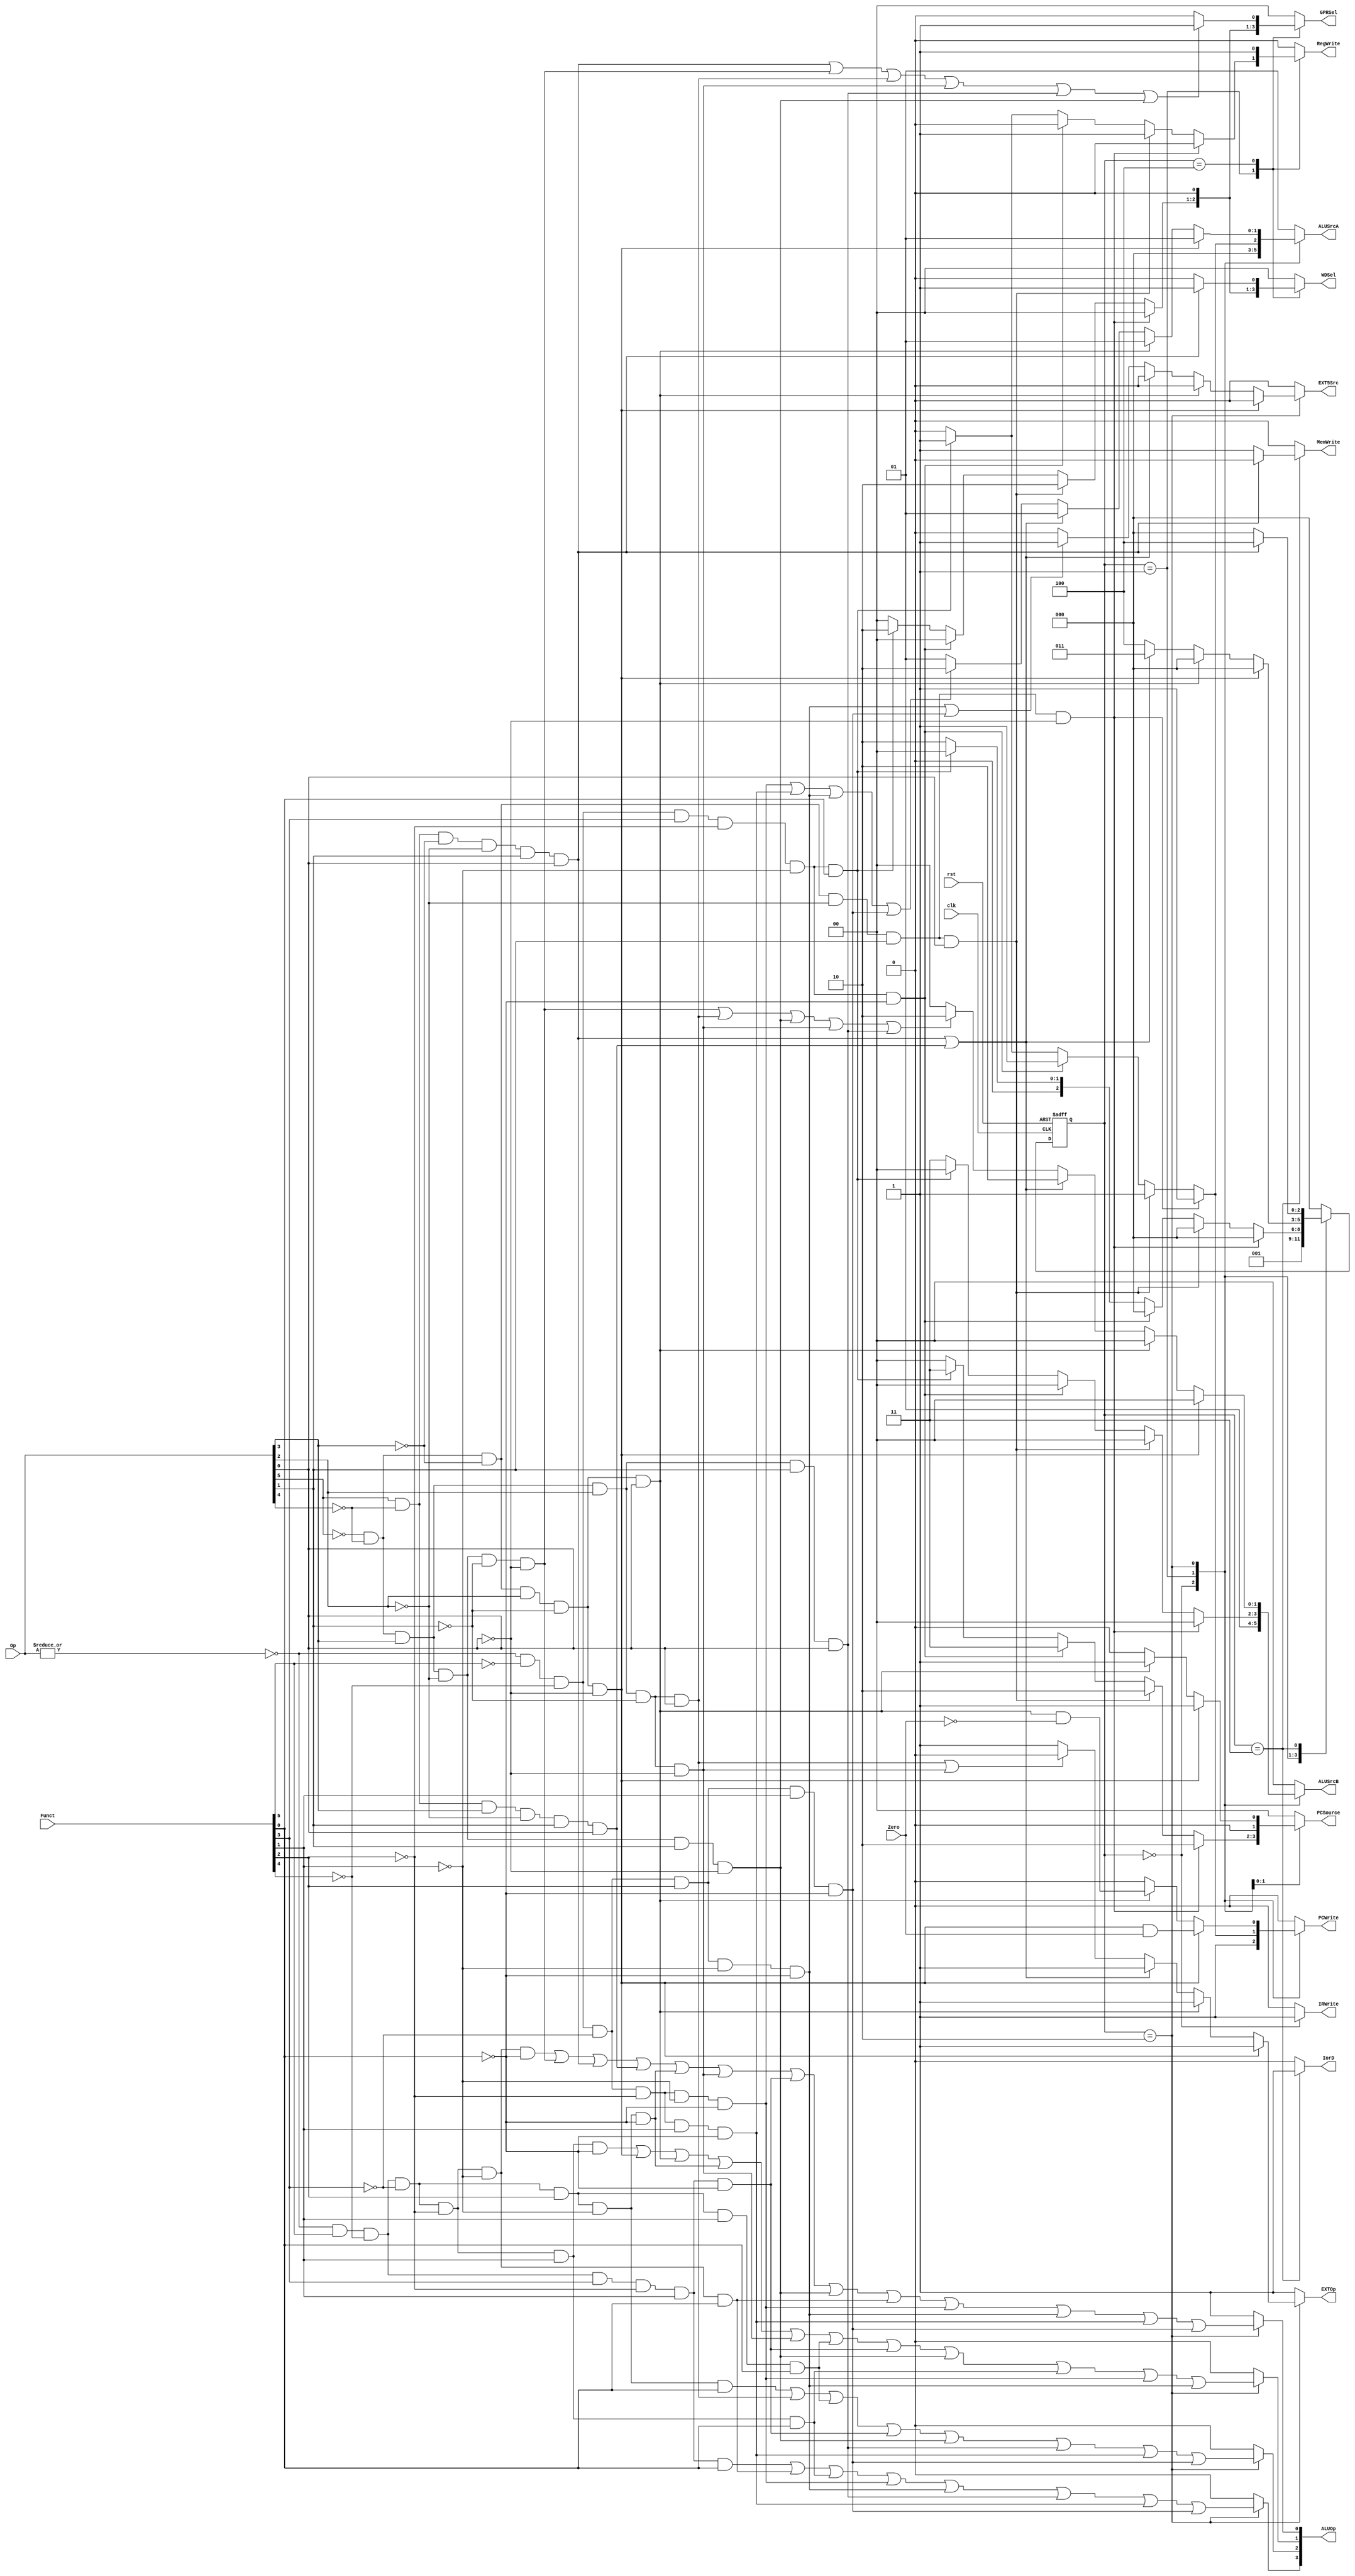
module ctrl(clk, rst, Zero, Op, Funct,
            RegWrite, MemWrite, PCWrite, IRWrite,
            EXTOp, EXT5Src, ALUOp, PCSource, ALUSrcA, ALUSrcB, 
            GPRSel, WDSel, IorD);
    
   input  clk, rst, Zero;
   input  [5:0] Op;       // opcode
   input  [5:0] Funct;    // funct
   output reg       RegWrite; // control signal for register write
   output reg       MemWrite; // control signal for memory write
   output reg       PCWrite;  // control signal for PC write
   output reg       IRWrite;  // control signal for IR write
   output reg       EXTOp;    // control signal to signed extension
   output reg       EXT5Src;  // source of zero extended 5bits, 0 - shamt, 1- reg A(rs[4:0])
   output reg [1:0] ALUSrcA;  // ALU source for A, 0 - PC, 1 - ReadData1, 2 - zero extended 5bits
   output reg [1:0] ALUSrcB;  // ALU source for B, 0 - ReadData2, 1 - 4, 2 - extended immediate, 3 - branch offset
   output reg [3:0] ALUOp;    // ALU opertion
   output reg [1:0] PCSource; // PC source, 0- ALU, 1-ALUOut, 2-JUMP address, 3-RD1()
   output reg [1:0] GPRSel;   // general purpose register selection
   output reg [1:0] WDSel;    // (register) write data selection
   output reg       IorD;     // 0-memory access for instruction, 1 - memory access for data

   parameter  [2:0] sif  = 3'b000,                // IF  state
                    sid  = 3'b001,                // ID  state
                    sexe = 3'b010,                // EXE state
                    smem = 3'b011,                // MEM state
                    swb  = 3'b100;                // WB  state
  // r format
   wire rtype  = ~|Op;
   wire i_add  = rtype& Funct[5]&~Funct[4]&~Funct[3]&~Funct[2]&~Funct[1]&~Funct[0]; // add
   wire i_sub  = rtype& Funct[5]&~Funct[4]&~Funct[3]&~Funct[2]& Funct[1]&~Funct[0]; // sub
   wire i_and  = rtype& Funct[5]&~Funct[4]&~Funct[3]& Funct[2]&~Funct[1]&~Funct[0]; // and
   wire i_or   = rtype& Funct[5]&~Funct[4]&~Funct[3]& Funct[2]&~Funct[1]& Funct[0]; // or
   wire i_slt  = rtype& Funct[5]&~Funct[4]& Funct[3]&~Funct[2]& Funct[1]&~Funct[0]; // slt
   wire i_sltu = rtype& Funct[5]&~Funct[4]& Funct[3]&~Funct[2]& Funct[1]& Funct[0]; // sltu
   wire i_addu = rtype& Funct[5]&~Funct[4]&~Funct[3]&~Funct[2]&~Funct[1]& Funct[0]; // addu
   wire i_subu = rtype& Funct[5]&~Funct[4]&~Funct[3]&~Funct[2]& Funct[1]& Funct[0]; // subu
   wire i_srl  = rtype&~Funct[5]&~Funct[4]& ~Funct[3]&~Funct[2]&Funct[1]&~Funct[0];
   wire i_sllv = rtype&~Funct[5]&~Funct[4]& ~Funct[3]&Funct[2]&~Funct[1]&~Funct[0];
   wire i_srlv = rtype&~Funct[5]&~Funct[4]& ~Funct[3]&Funct[2]&Funct[1]&~Funct[0];
   wire i_jr   = rtype&~Funct[5]&~Funct[4]& Funct[3]&~Funct[2]&~Funct[1]&~Funct[0];
   wire i_jalr = rtype&~Funct[5]&~Funct[4]& Funct[3]&~Funct[2]&~Funct[1]&Funct[0];
   wire i_sll  = rtype&~Funct[5]&~Funct[4]& ~Funct[3]&~Funct[2]&~Funct[1]&~Funct[0];
   wire i_nor  = rtype& Funct[5]&~Funct[4]& ~Funct[3]&Funct[2]&Funct[1]&Funct[0];

  // i format
   wire i_addi = ~Op[5]&~Op[4]& Op[3]&~Op[2]&~Op[1]&~Op[0]; // addi
   wire i_ori  = ~Op[5]&~Op[4]& Op[3]& Op[2]&~Op[1]& Op[0]; // ori
   wire i_lw   =  Op[5]&~Op[4]&~Op[3]&~Op[2]& Op[1]& Op[0]; // lw
   wire i_sw   =  Op[5]&~Op[4]& Op[3]&~Op[2]& Op[1]& Op[0]; // sw
   wire i_beq  = ~Op[5]&~Op[4]&~Op[3]& Op[2]&~Op[1]&~Op[0]; // beq
   wire i_lui  = ~Op[5]&~Op[4]& Op[3]&Op[2]&Op[1]&Op[0];
   wire i_slti = ~Op[5]&~Op[4]& Op[3]&~Op[2]&Op[1]&~Op[0];
   wire i_bne  = ~Op[5]&~Op[4]& ~Op[3]&Op[2]&~Op[1]&Op[0];
   wire i_andi = ~Op[5]&~Op[4]& Op[3]&Op[2]&~Op[1]&~Op[0];

  // j format
   wire i_j    = ~Op[5]&~Op[4]&~Op[3]&~Op[2]& Op[1]&~Op[0];  // j
   wire i_jal  = ~Op[5]&~Op[4]&~Op[3]&~Op[2]& Op[1]& Op[0];  // jal

  /*************************************************/
  /******               FSM                   ******/
   reg [2:0] nextstate;
   reg [2:0] state;
   
   always @(posedge clk or posedge rst) begin
     if ( rst )
       state <= sif;
     else
       state <= nextstate;
   end // end always

  /*************************************************/
  /******         Control Signal              ******/
   always @(*) begin
     RegWrite = 0;
     MemWrite = 0;
     PCWrite  = 0;
     IRWrite  = 0;
     EXTOp    = 1;           // signed extension
     EXT5Src  = 0;
     ALUSrcA  = 2'b01;       // 1 - ReadData1
     ALUSrcB  = 2'b00;       // 0 - ReadData2
     ALUOp    = 4'b0001;      // ALU_ADD       4'b0001
     GPRSel   = 2'b00;       // GPRSel_RD     2'b00
     WDSel    = 2'b00;       // WDSel_FromALU 2'b00
     PCSource = 2'b00;       // PC + 4 (ALU)
     IorD     = 0;           // 0-memory access for instruction

     case (state)
         sif: begin
           PCWrite = 1;
           IRWrite = 1;
           ALUSrcA = 2'b00;  // PC
           ALUSrcB = 2'b01;  // 4
           nextstate = sid;
         end
         
         sid: begin
           if (i_j) begin
             PCSource = 2'b10; // JUMP address
             PCWrite = 1;
             nextstate = sif;
           end else if (i_jal) begin
             PCSource = 2'b10; // JUMP address
             PCWrite = 1;
             RegWrite = 1;
             WDSel = 2'b10;    // WDSel_FromPC  2'b10 
             GPRSel = 2'b10;   // GPRSel_31     2'b10
             nextstate = sif;
           end else if (i_jr) begin
             PCSource = 2'b11; // just read RD1 as address
             PCWrite = 1;
             nextstate = sif;
           end else if (i_jalr) begin
             PCSource = 2'b11; // just read RD1 as address
             PCWrite = 1;
             RegWrite = 1;
             WDSel = 2'b10;    // WDSel_FromPC  2'b10 
             GPRSel = 2'b10;   // GPRSel_31     2'b10
             nextstate = sif;
           end else begin
            // aluout
             ALUSrcA = 0;       // PC
             ALUSrcB = 2'b11;   // branch offset
             nextstate = sexe;
           end
         end
         
         sexe: begin
           ALUOp[0] = i_add|i_addi|i_lw|i_sw|i_and|i_andi|i_slt|i_slti|i_addu|i_sll|i_sllv|i_srl|i_srlv;
           ALUOp[1] = i_sub|i_beq|i_bne|i_and|i_andi|i_nor|i_slt|i_slti|i_subu|i_sll|i_sllv;
           ALUOp[2] = i_or|i_ori|i_nor|i_slt|i_slti|i_lui|i_srl|i_srlv;
           ALUOp[3] = i_sltu|i_addu|i_subu|i_sll|i_sllv|i_lui|i_srl|i_srlv;
           if (i_beq) begin
             PCSource = 2'b01; // ALUout, branch address
             PCWrite = i_beq & Zero;
             nextstate = sif;
           end else if (i_bne) begin
             PCSource = 2'b01; // ALUout, branch address
             PCWrite = i_bne & (~Zero);
             nextstate = sif;
           end else if (i_lw || i_sw) begin
             ALUSrcB = 2'b10; // select offset
             nextstate = smem;
           end else begin
             if (i_addi || i_ori || i_slti || i_andi || i_lui)
               ALUSrcB = 2'b10; // select immediate
             if (i_ori || i_andi)
               EXTOp = 0; // zero extension
             if (i_sll || i_srl || i_sllv || i_srlv)
               ALUSrcA = 2'b10;
             if (i_sllv || i_srlv)
               EXT5Src = 1;
             nextstate = swb;
           end
         end

         smem: begin
           IorD = 1;  // memory address  = ALUout
           if (i_lw) begin
             nextstate = swb;
           end else begin  // i_sw
             MemWrite = 1;
             nextstate = sif;
           end
         end
         
         swb: begin
           if (i_lw)
             WDSel = 2'b01;     // WDSel_FromMEM 2'b01
           if (i_lw | i_addi | i_ori | i_andi | i_lui | i_slti) begin
             GPRSel = 2'b01;    // GPRSel_RT     2'b01
           end
           RegWrite = 1;
           nextstate = sif;
         end

         default: begin
           nextstate = sif;
         end
      
     endcase
   end // end always

endmodule